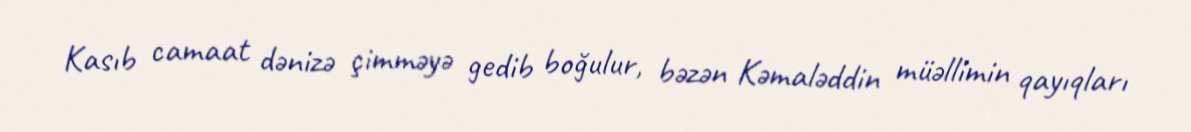
Kasıb camaat dənizə çimməyə gedib boğulur, bəzən Kəmaləddin müəllimin qayıqları